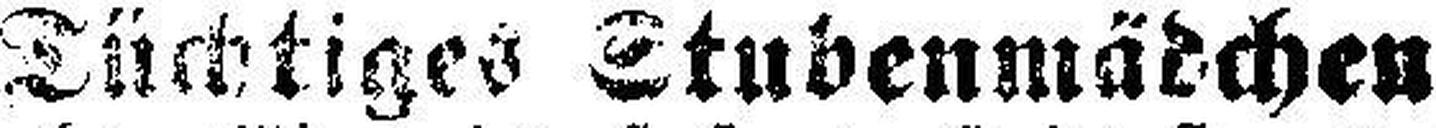
Tüchtiges Stubenmädchen